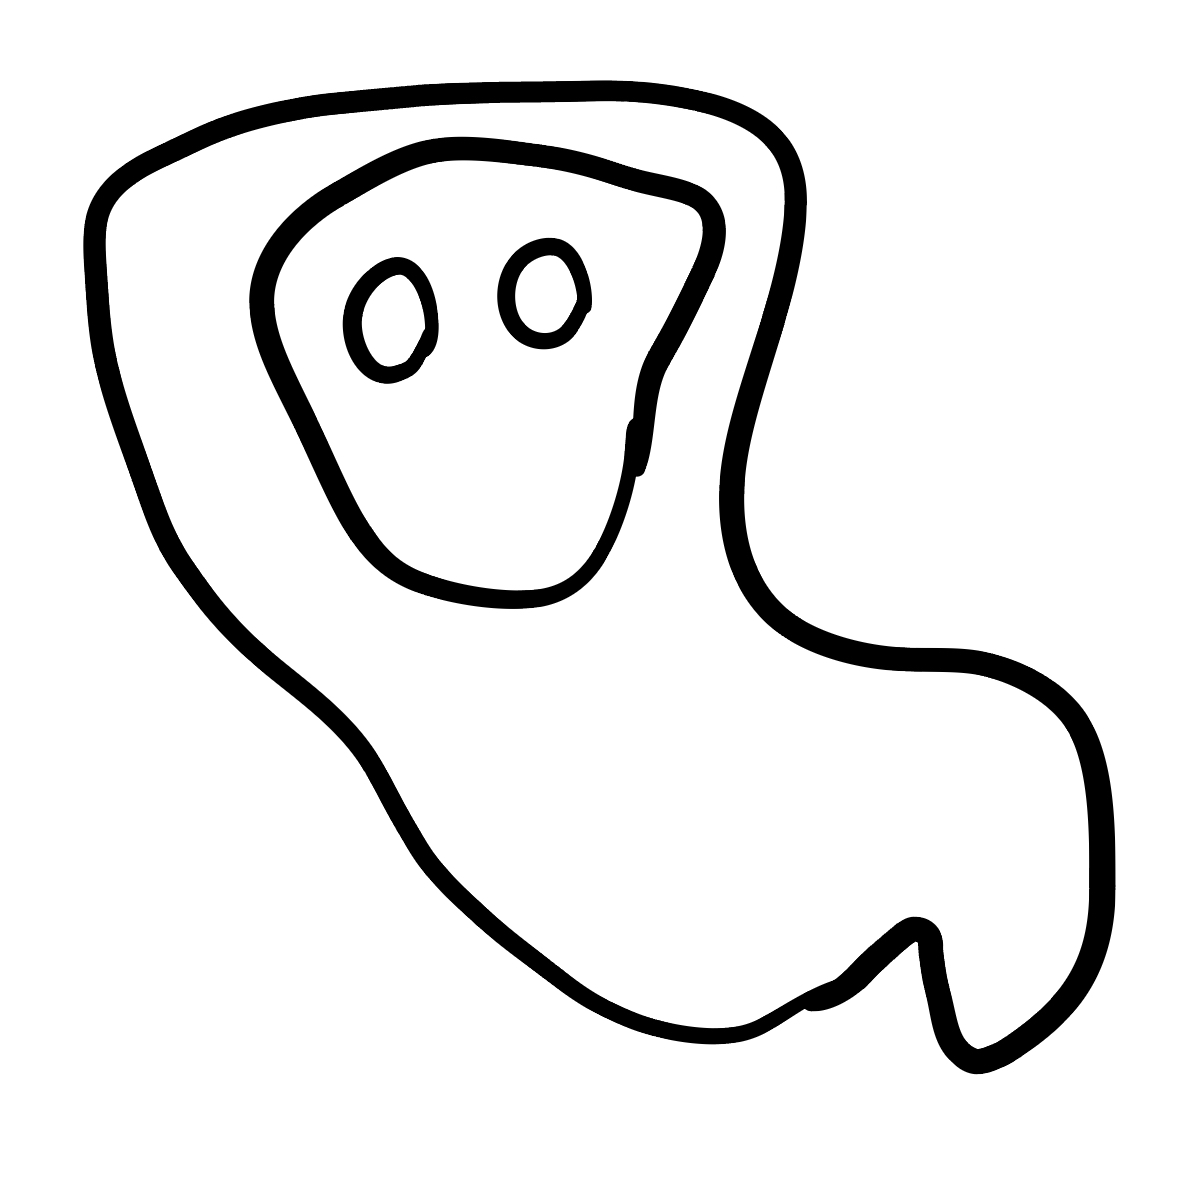
Number of regions (including the outer root region): 5
Containment tree edges (parent, child): 0, 1, 1, 2, 2, 3, 2, 4